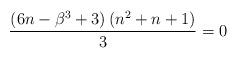
LaTeX: \begin{align*}\frac{\left(6n-\beta^{3}+3\right)\left(n^{2}+n+1\right)}{3}=0\end{align*}